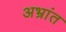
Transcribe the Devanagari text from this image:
अभ्रांत